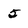
Character: 5